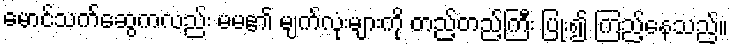
မောင်သက်ဆွေကလည်း မမ၏ မျက်လုံးများကို တည့်တည့်ကြီး ပြုံး၍ ကြည့်နေသည်။